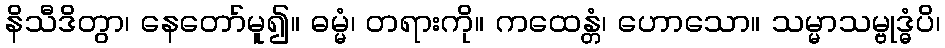
နိသီဒိတွာ၊ နေတော်မူ၍။ ဓမ္မံ၊ တရားကို။ ကထေန္တံ၊ ဟောသော။ သမ္မာသမ္ဗုဒ္ဓံပိ၊